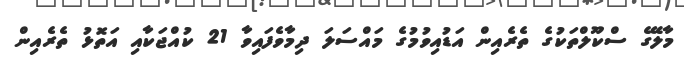
މާލޭގެ ސްކޫލްތަކުގެ ތެރެއިން އަޑުއިވުމުގެ މައްސަލަ ދިމާވެފައިވާ 21 ކުއްޖަކާއި އަތޮޅު ތެރެއިން